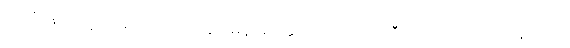
သူတို့နေသည့် အခန်းပေါက်ဝတွင် မိန်းမတယောက် အော်ကြီးဟစ်ကျယ် လုပ်နေသည်။